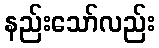
နည်းသော်လည်း